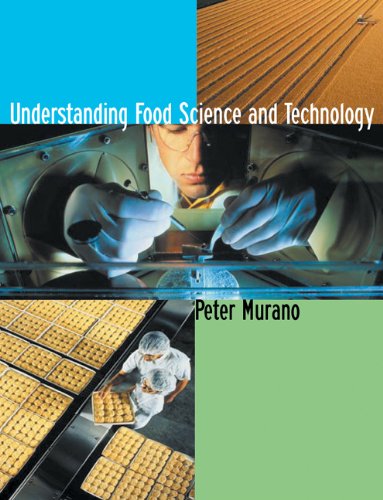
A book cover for Understanding Food Science and Technology (with InfoTrac); Peter Murano; Medical Books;